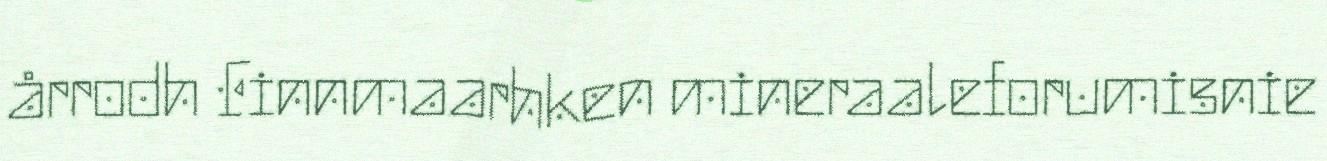
årrodh Finnmaarhken mineraaleforumisnie